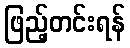
ဖြည့်တင်းရန်